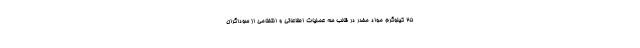
۲۵ کیلوگرم مواد مخدر در قالب سه عملیات اطلاعاتی و انتظامی از سوداگران